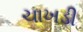
ચાખડી